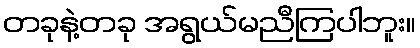
တခုနဲ့တခု အရွယ်မညီကြပါဘူး။